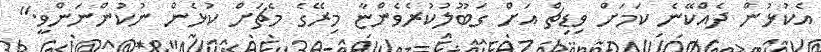
އެކުޅުން ދެއްކޭނެ ކަމަށް ވިޑިޗް އަށް ގަބޫލުކުރެވެންޏާ މިރޭގެ މެޗަށް ކުޅެން ނުކުންނަންވީ."